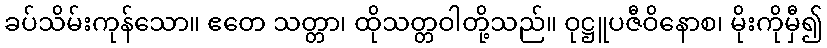
ခပ်သိမ်းကုန်သော။ ဧတေ သတ္တာ၊ ထိုသတ္တဝါတို့သည်။ ဝုဋ္ဌူပဇီဝိနောစ၊ မိုးကိုမှီ၍